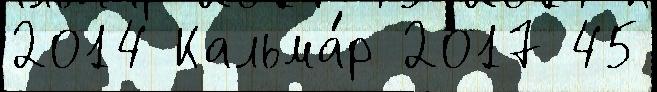
2014 Кальма́р 2017 45